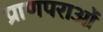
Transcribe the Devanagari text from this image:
प्राणपराओं